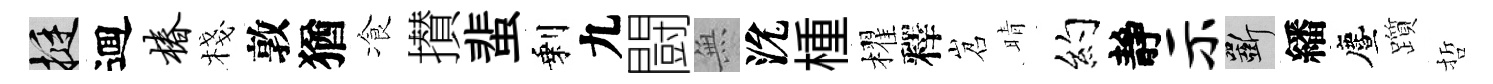
挺逥椿棧敦猶飡攅蜚剩九闘𭴾沇㮔櫂釋岧晴约靜示斫繙󵨌躓哲